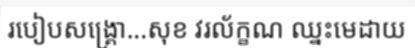
របៀបសង្គ្រោ...សុខ វរល័ក្ខណ ឈ្នះមេដាយ